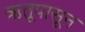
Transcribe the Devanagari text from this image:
ऋतूपासून